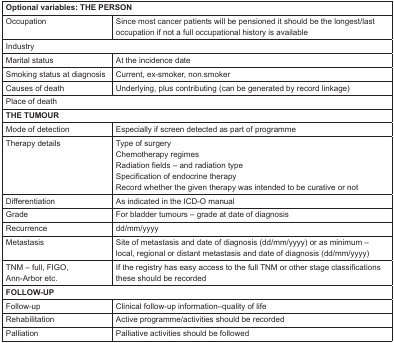
<table><thead><tr><td colspan="2"><b>Optional variables: THE PERSON</b></td></tr></thead><tbody><tr><td>Occupation</td><td>Since most cancer patients will be pensioned it should be the longest/last occupation if not a full occupational history is available</td></tr><tr><td colspan="2">Industry</td></tr><tr><td>Marital status</td><td>At the incidence date</td></tr><tr><td>Smoking status at diagnosis</td><td>Current, ex-smoker, non.smoker</td></tr><tr><td>Causes of death</td><td>Underlying, plus contributing (can be generated by record linkage)</td></tr><tr><td colspan="2">Place of death</td></tr><tr><td colspan="2"><b>THE TUMOUR</b></td></tr><tr><td>Mode of detection</td><td>Especially if screen detected as part of programme</td></tr><tr><td>Therapy details</td><td>Type of surgery Chemotherapy regimes Radiation fields – and radiation type Specification of endocrine therapy Record whether the given therapy was intended to be curative or not</td></tr><tr><td>Differentiation</td><td>As indicated in the ICD-O manual</td></tr><tr><td>Grade</td><td>For bladder tumours – grade at date of diagnosis</td></tr><tr><td>Recurrence</td><td>dd/mm/yyyy</td></tr><tr><td>Metastasis</td><td>Site of metastasis and date of diagnosis (dd/mm/yyyy) or as minimum – local, regional or distant metastasis and date of diagnosis (dd/mm/yyyy)</td></tr><tr><td>TNM – full, FIGO, Ann-Arbor etc.</td><td>If the registry has easy access to the full TNM or other stage classifications these should be recorded</td></tr><tr><td colspan="2"><b>FOLLOW-UP</b></td></tr><tr><td>Follow-up</td><td>Clinical follow-up information–quality of life</td></tr><tr><td>Rehabilitation</td><td>Active programme/activities should be recorded</td></tr><tr><td>Palliation</td><td>Palliative activities should be followed</td></tr></tbody></table>